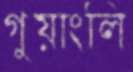
গুয়াংলি